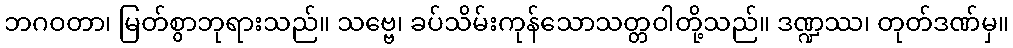
ဘဂဝတာ၊ မြတ်စွာဘုရားသည်။ သဗ္ဗေ၊ ခပ်သိမ်းကုန်သောသတ္တဝါတို့သည်။ ဒဏ္ဍဿ၊ တုတ်ဒဏ်မှ။